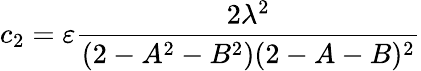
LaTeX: c_{2}=\varepsilon\frac{2\lambda^{2}}{(2-A^{2}-B^{2})(2-A-B)^{2}}